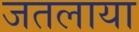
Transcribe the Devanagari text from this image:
जतलाया